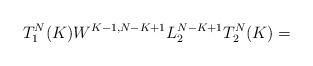
LaTeX: \begin{align*}T^N_1(K) W^{K-1,N-K+1}L^{N-K+1}_2T^N_2(K) =\end{align*}